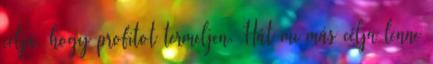
célja, hogy profitot termeljen. Hát mi más célja lenne